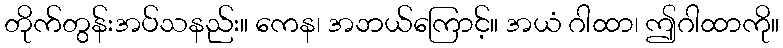
တိုက်တွန်းအပ်သနည်း။ ကေန၊ အဘယ်ကြောင့်။ အယံ ဂါထာ၊ ဤဂါထာကို။